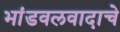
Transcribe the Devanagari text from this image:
भांडवलवादाचे